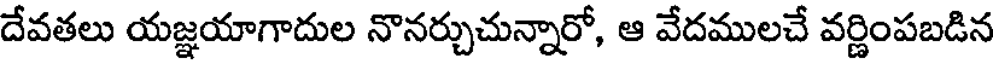
దేవతలు యజ్ఞయాగాదుల నొనర్చుచున్నారో, ఆ వేదములచే వర్ణింపబడిన